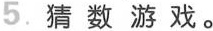
5.猜数游戏。